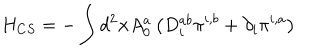
LaTeX: H _ { C S } = - \int d ^ { 2 } { \bf x } A _ { 0 } ^ { a } \left( D _ { i } ^ { a b } \pi ^ { i , b } + \partial _ { i } \pi ^ { i , a } \right)